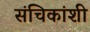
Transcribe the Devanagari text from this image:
संचिकांशी